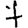
Digit: 7